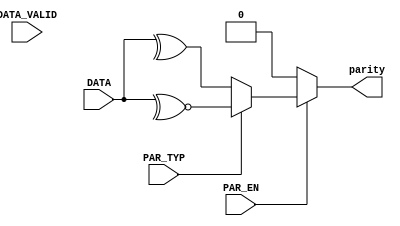
module TX_PARITY #(parameter DATA_WIDTH=8) (
	input [DATA_WIDTH-1:0] DATA,
	input PAR_TYP, 
	input DATA_VALID,
	input PAR_EN,
	output reg parity
);


always @(*) begin 
  if (~PAR_EN)
	    parity = 0;
	else if(PAR_EN) begin
		  if (~PAR_TYP)  //even parity
			parity = ^DATA;
		  else
			parity = ~^DATA;
	end

  else
	   parity = 0;
end
endmodule